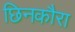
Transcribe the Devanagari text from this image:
छिनकौरा